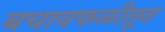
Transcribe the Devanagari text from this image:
बचावफळीतून